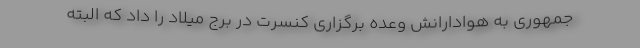
جمهوری به هوادارانش وعده برگزاری کنسرت در برج میلاد را داد که البته